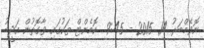
ނޮވެމްބަރު 14